Annual administration report of the Civil Veterinary Department, Sind - 1945-1946
Year: 1945
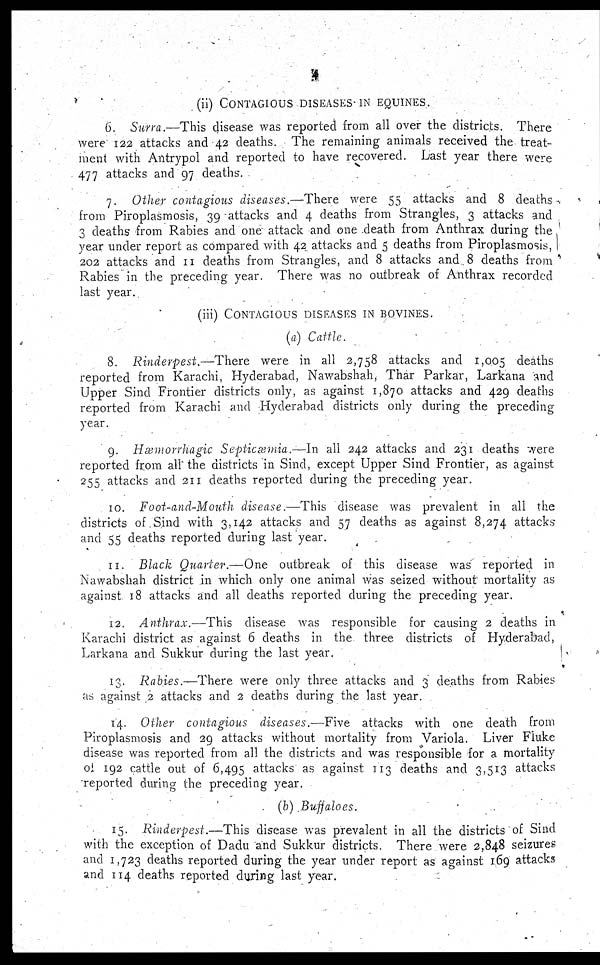
4
(ii) CONTAGIOUS DISEASES IN EQUINES.
6. Surra.—This disease was reported from all over the districts. There
were 122 attacks and 42 deaths. The remaining animals received the treat-
ment with Antrypol and reported to have recovered. Last year there were
477 attacks and 97 deaths.
7. Other contagious diseases.—There were 55 attacks and 8 deaths
from Piroplasmosis, 39 attacks and 4 deaths from Strangles, 3 attacks and
3 deaths from Rabies and one attack and one death from Anthrax during the
year under report as compared with 42 attacks and 5 deaths from Piroplasmosis,
202 attacks and 11 deaths from Strangles, and 8 attacks and 8 deaths from
Rabies in the preceding year. There was no outbreak of Anthrax recorded
last year.
(iii) CONTAGIOUS DISEASES IN BOVINES.
(a) Cattle.
8. Rinderpest.—There were in all 2,758 attacks and 1,005 deaths
reported from Karachi, Hyderabad, Nawabshah, Thar Parkar, Larkana and
Upper Sind Frontier districts only, as against 1,870 attacks and 429 deaths
reported from Karachi and Hyderabad districts only during the preceding
year.
9. Hæmorrhagic Septicæmia.—In all 242 attacks and 231 deaths were
reported from all the districts in Sind, except Upper Sind Frontier, as against
255 attacks and 211 deaths reported during the preceding year.
10. Foot-and-Mouth disease.—This disease was prevalent in all the
districts of Sind with 3,142 attacks and 57 deaths as against 8,274 attacks
and 55 deaths reported during last year.
11. Black Quarter.—One outbreak of this disease was reported in
Nawabshah district in which only one animal was seized without mortality as
against 18 attacks and all deaths reported during the preceding year.
12. Anthrax.—This disease was responsible for causing 2 deaths in
Karachi district as against 6 deaths in the three districts of Hyderabad,
Larkana and Sukkur during the last year.
13. Rabies.—There were only three attacks and 3 deaths from Rabies
as against 2 attacks and 2 deaths during the last year.
14. Other contagious diseases.—Five attacks with one death from
Piroplasmosis and 29 attacks without mortality from Variola. Liver Fluke
disease was reported from all the districts and was responsible for a mortality
of 192 cattle out of 6,495 attacks as against 113 deaths and 3,513 attacks
reported during the preceding year.
(b) Buffaloes.
15. Rinderpest.—This disease was prevalent in all the districts of Sind
with the exception of Dadu and Sukkur districts. There were 2,848 seizures
and 1,723 deaths reported during the year under report as against 169 attacks
and 114 deaths reported during last year.